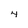
Character: 4